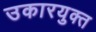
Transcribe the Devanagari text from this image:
उकारयुक्त